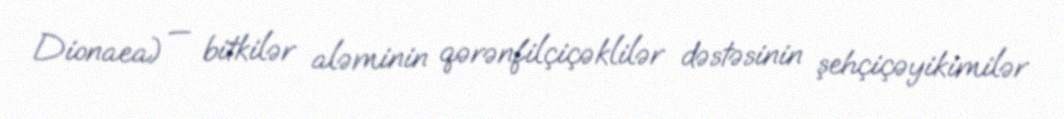
Dionaea) — bitkilər aləminin qərənfilçiçəklilər dəstəsinin şehçiçəyikimilər